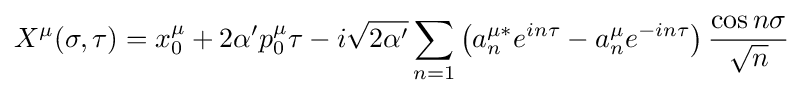
X^{\mu }(\sigma ,\tau )=x_{0}^{\mu }+2\alpha 'p_{0}^{\mu }\tau -i{\sqrt {2\alpha '}}\sum _{n=1}\left(a_{n}^{\mu *}e^{in\tau }-a_{n}^{\mu }e^{-in\tau }\right){\frac {\cos n\sigma }{\sqrt {n}}}